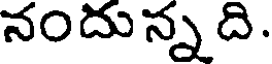
నందున్న ది.